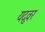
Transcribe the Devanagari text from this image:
यदुवर